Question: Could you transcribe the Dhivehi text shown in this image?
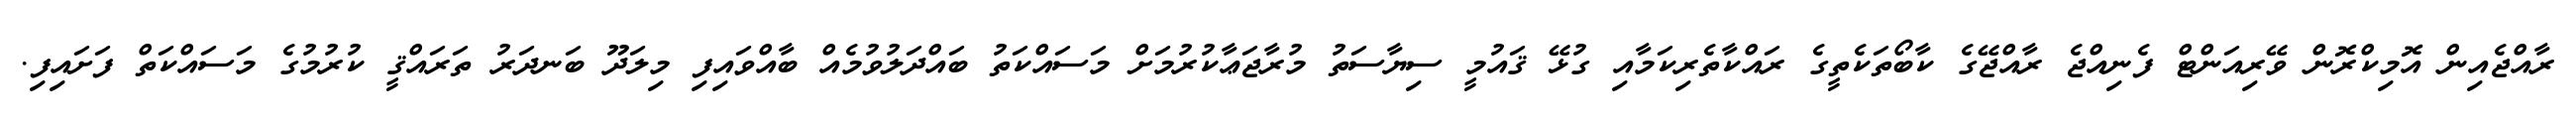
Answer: ރާއްޖެއިން އޮމިކްރޮން ވޭރިއަންޓް ފެނިއްޖެ ރާއްޖޭގެ ކާބޯތަކެތީގެ ރައްކާތެރިކަމާއި ގުޅޭ ޤައުމީ ސިޔާސަތު މުރާޖަޢާކުރުމަށް މަސައްކަތު ބައްދަލުވުމެއް ބާއްވައިފި މިލަދޫ ބަނދަރު ތަރައްޤީ ކުރުމުގެ މަސައްކަތް ފަށައިފި.